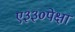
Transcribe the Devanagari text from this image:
ए३३०पेक्षा